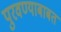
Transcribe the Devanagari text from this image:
पुरवण्याबाबत